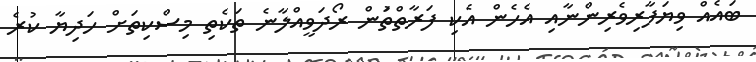
ބައެއް ވިޔަފާރިވެރިންނާއި އެހެން އެކި ފަރާތްތަުން ރޯދަވީއްލާނެ ތަކެތި މިސްކިތަށް ހަދިޔާ ކުރެ